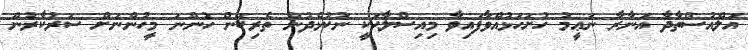
އަލްއުސްތާޛާ އަނާރާ ނަޢީމު ހުށަހަޅުއްވާފައިވާ މިއިސްލާޙަކީ ނުކުޅެދުން ތެރިކަން ހުންނަ މީހުންނަށް ސަރުކާރުން